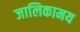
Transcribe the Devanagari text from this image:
जालिकामय